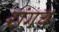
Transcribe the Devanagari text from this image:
रांगच